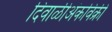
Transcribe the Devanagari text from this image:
दिवाळीअंकविक्री